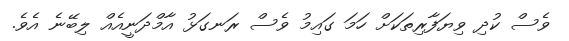
ވެސް ކުދި ވިޔަފާރިތަކަށް ހަމަ ގައިމު ވެސް ރަނގަޅު އާމްދަނީއެއް ލިބޭނެ އެވެ.